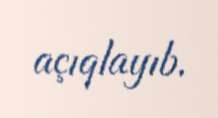
açıqlayıb.